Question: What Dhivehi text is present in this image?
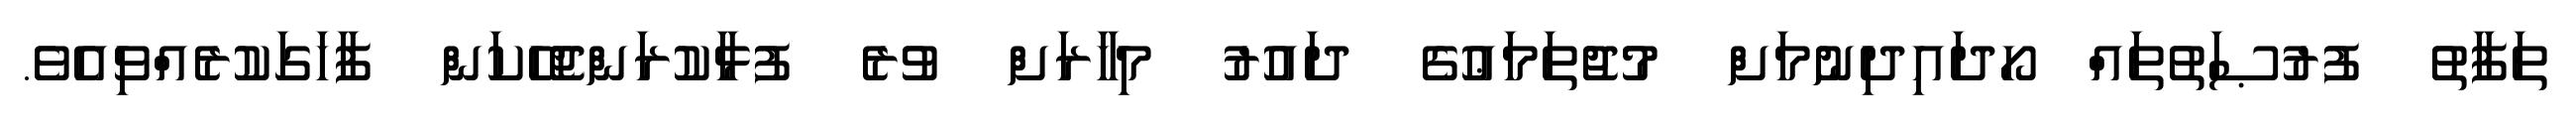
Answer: ތަފާތު ފުރުޞަތުތައް ހޯދައިދިނުމަށް މުޖުތަމަޢުގެ ދައުރު މިހާރަށް ވުރެ ފުޅާކުރަންޖެހޭކަން ފާހަގަކުރެއްވިއެވެ.